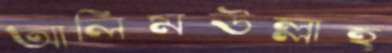
আলিমউল্লাহ